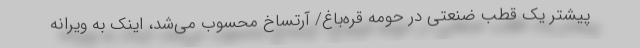
پیشتر یک قطب ضنعتی در حومه قره‌باغ/ آرتساخ محسوب می‌شد، اینک به ویرانه